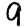
Digit: 9